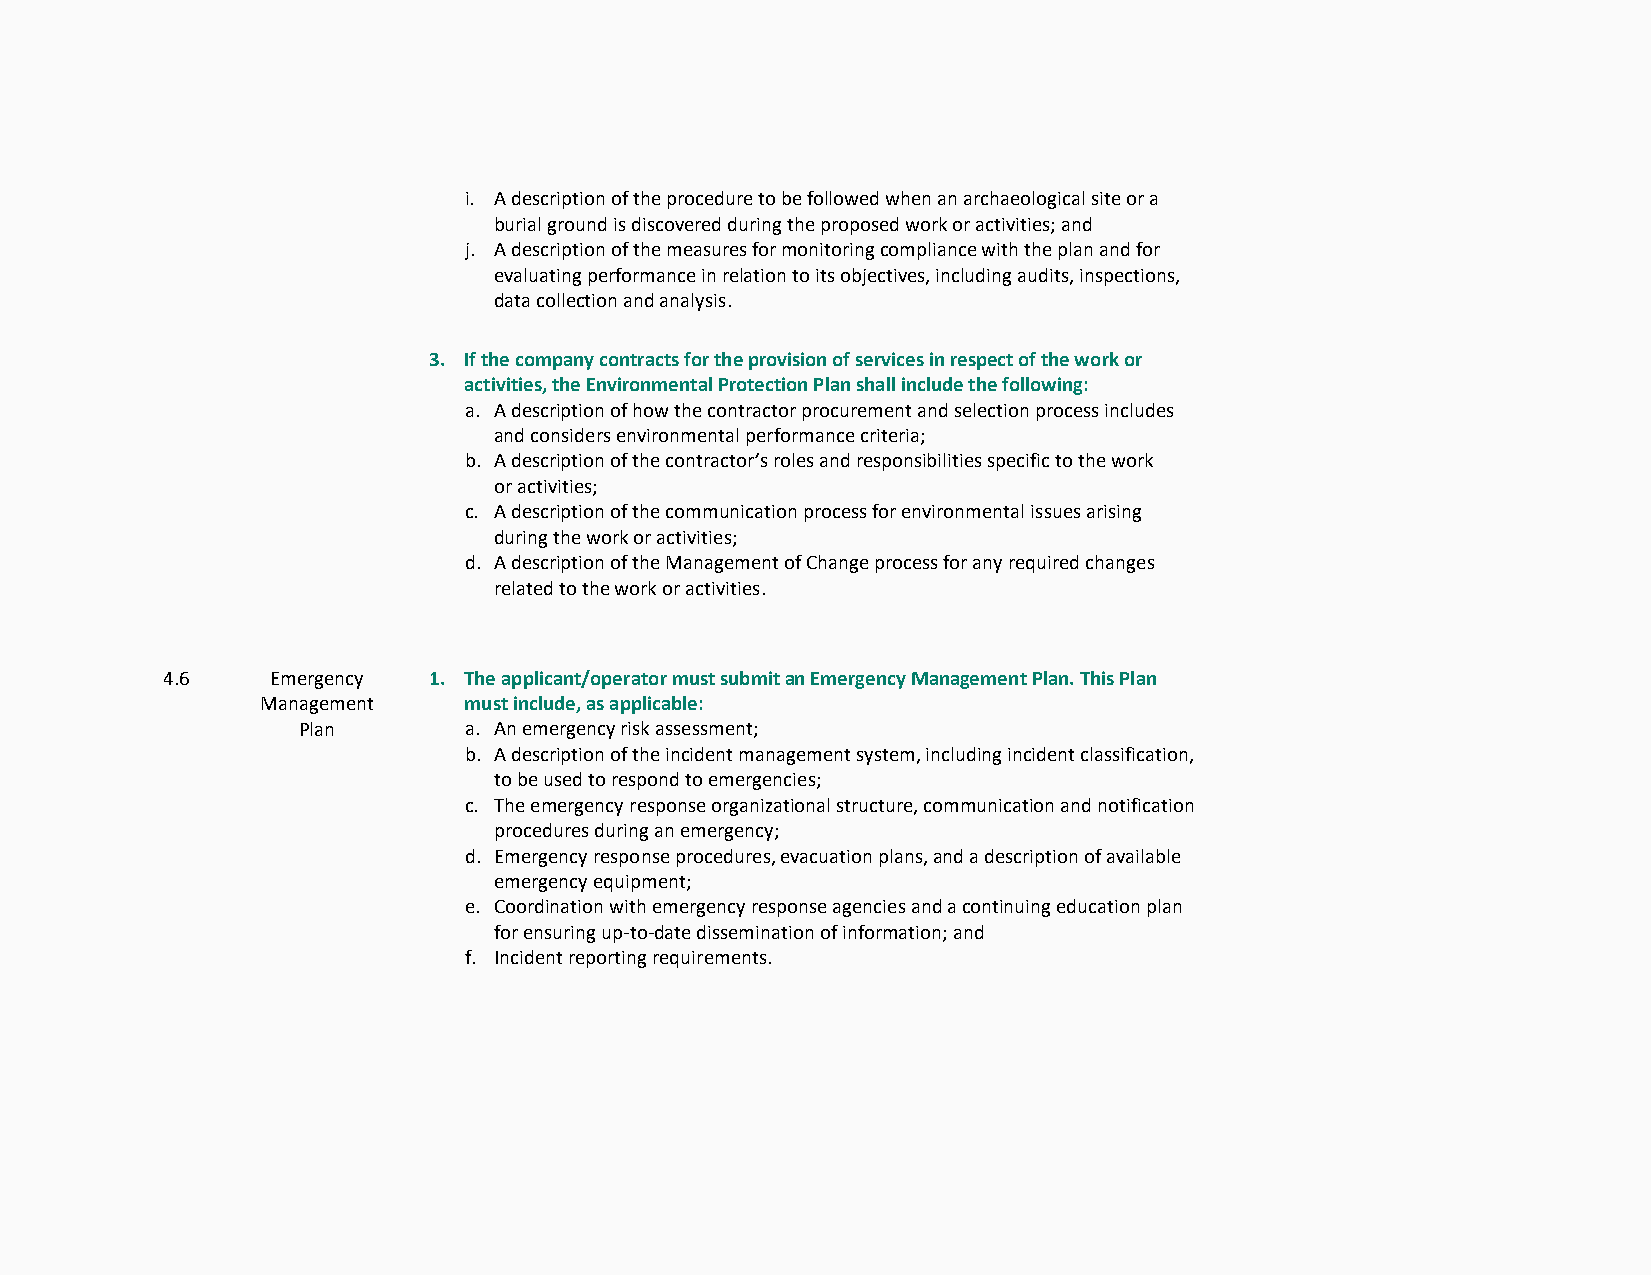
i. A description of the procedure to be followed when an archaeological site or a
 burial ground is discovered during the proposed work or activities; and
 j. A description of the measures for monitoring compliance with the plan and for
 evaluating performance in relation to its objectives, including audits, inspections,
 data collection and analysis.
 3. If the company contracts for the provision of services in respect of the work or
 activities, the Environmental Protection Plan shall include the following:
 a. A description of how the contractor procurement and selection process includes
 and considers environmental performance criteria;
 b. A description of the contractor’s roles and responsibilities specific to the work
 or activities;
 c. A description of the communication process for environmental issues arising
 during the work or activities;
 d. A description of the Management of Change process for any required changes
 related to the work or activities.
 4.6    Emergency 1. The applicant/operator must submit an Emergency Management Plan. This Plan
 Management    must include, as applicable:
 Plan       a. An emergency risk assessment;
 b. A description of the incident management system, including incident classification,
 to be used to respond to emergencies;
 c. The emergency response organizational structure, communication and notification
 procedures during an emergency;
 d. Emergency response procedures, evacuation plans, and a description of available
 emergency equipment;
 e. Coordination with emergency response agencies and a continuing education plan
 for ensuring up-to-date dissemination of information; and
 f. Incident reporting requirements.